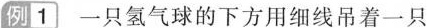
例1 一只氢气球的下方用细线吊着一只